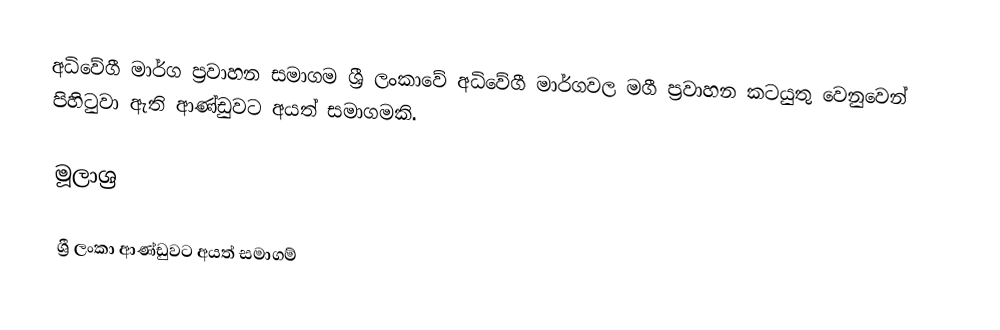
අධිවේගී මාර්ග ප්‍රවාහන සමාගම ශ්‍රී ලංකාවේ අධිවේගී මාර්ගවල මගී ප්‍රවාහන කටයුතු වෙනුවෙන් පිහිටුවා ඇති ආණ්ඩුවට අයත් සමාගමකි.

මූලාශ්‍ර

ශ්‍රී ලංකා ආණ්ඩුවට අයත් සමාගම්